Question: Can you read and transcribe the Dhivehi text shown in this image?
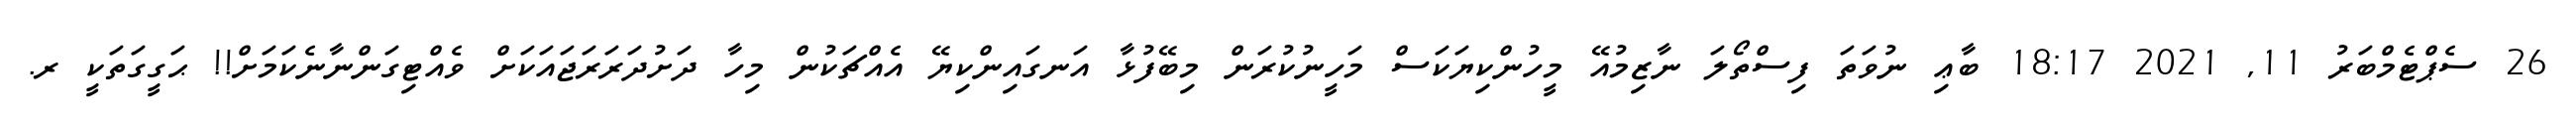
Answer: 26 ސެޕްޓެމްބަރު 11, 2021 18:17 ބާޢި ނުވަތަ ފިސްތޯލަ ނާޒިމުއޭ މީހުންކިޔަކަސް މަހީނުކުރަން މިބޭފުޅާ އަނގައިންކިޔޭ އެއްޗަކުން މިހާ ދަށުދަރަރަޖައަކަށް ވެއްޓިގަންނާނެކަމަށް!! ޙަގީގަތަކީ ރ.